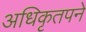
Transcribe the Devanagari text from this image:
अधिकृतपने